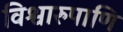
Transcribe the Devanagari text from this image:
विश्वारुपाणि